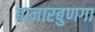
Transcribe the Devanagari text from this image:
बाजारबुणगा